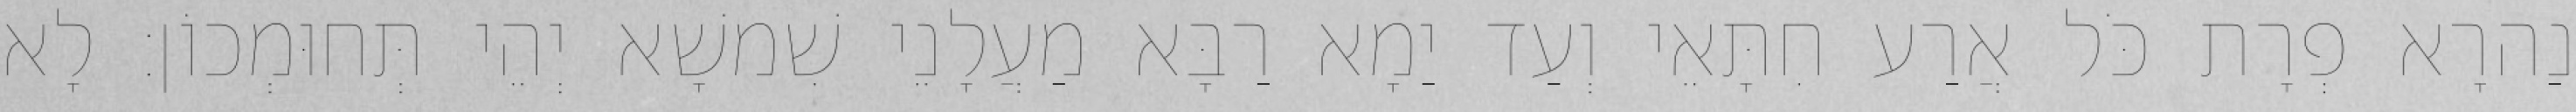
נַהרָא פְרָת כֹּל אֲרַע חִתָּאֵי וְעַד יַמָא רַבָּא מַעֲלָנֵי שִׁמשָׁא יְהֵי תְּחוּמְכוֹן׃ לָא